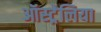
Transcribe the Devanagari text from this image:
ऑस्ट्र्रेलिया